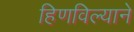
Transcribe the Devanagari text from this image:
हिणविल्याने